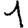
Digit: 1